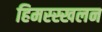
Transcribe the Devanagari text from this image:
हिमस्स्खलन